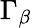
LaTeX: \Gamma_{\beta}